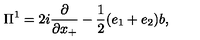
{ \Pi } ^ { 1 } = 2 i \frac { \partial } { \partial x _ { + } } - \frac { 1 } { 2 } ( e _ { 1 } + e _ { 2 } ) b ,